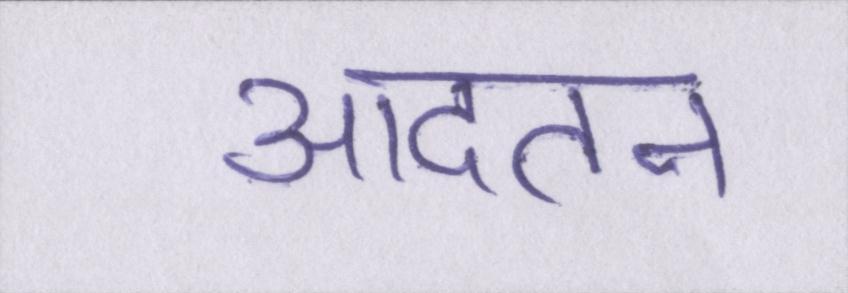
आदतन